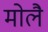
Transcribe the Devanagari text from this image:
मोलै